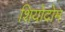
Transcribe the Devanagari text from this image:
शियोदोम